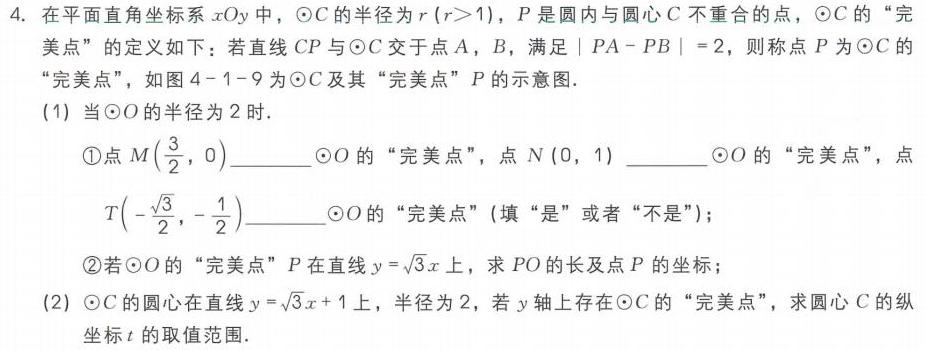
4. 在平面直角坐标系 \(xOy\)中，\(\odot C\)的半径为 \(r(r > 1)\)，\(P\)是圆内与圆心 \(C\)不重合的点，\(\odot C\)的 “完美点” 的定义如下：若直线 \(CP\)与\(\odot C\)交于点 \(A\)，\(B\)，满足\(\vert PA - PB\vert=2\)，则称点 \(P\)为\(\odot C\)的 “完美点”，如图4 - 1 - 9为\(\odot C\)及其 “完美点” \(P\)的示意图.
(1) 当\(\odot O\)的半径为2时.
    \textcircled{1}点\(M(\frac{3}{2},0)\)______\(\odot O\)的 “完美点”，点\(N(0,1)\)______\(\odot O\)的 “完美点”，点\(T(-\frac{\sqrt{3}}{2},-\frac{1}{2})\)______\(\odot O\)的 “完美点” (填 “是” 或者 “不是”)；
    \textcircled{2}若\(\odot O\)的 “完美点” \(P\)在直线\(y = \sqrt{3}x\)上，求 \(PO\)的长及点 \(P\)的坐标；
(2) \(\odot C\)的圆心在直线\(y=\sqrt{3}x + 1\)上，半径为2，若 \(y\)轴上存在\(\odot C\)的 “完美点”，求圆心 \(C\)的纵坐标 \(t\)的取值范围.